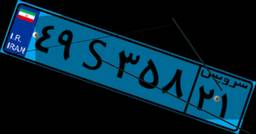
۴۹S۳۵۸۲۱